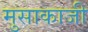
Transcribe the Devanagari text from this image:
मुसाकाजी